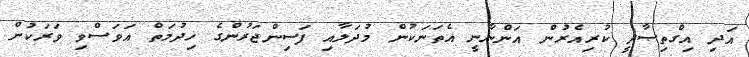
އަދި އިގްތިޞާދީ ކުރިއެރުން އަންނާނީ އެތަނަކުން މުދަލާއި ފަސިންޖަރުންގެ ޚިދުމަތް އަވަސްވި ވަރަކުން